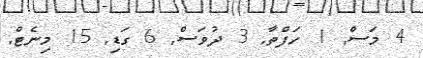
4 މަސް